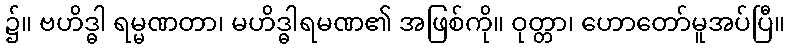
၌။ ဗဟိဒ္ဓါ ရမ္မဏတာ၊ မဟိဒ္ဓါရမဏ၏ အဖြစ်ကို။ ဝုတ္တာ၊ ဟောတော်မူအပ်ပြီ။